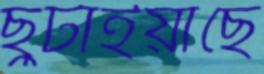
ছুটাইয়াছে